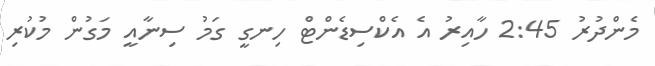
މެންދުރު 2:45 ހާއިރު އެ އެކްސިޑެންޓް ހިނގީ ގަމު ސިނާއީ މަގުން މުކުރި